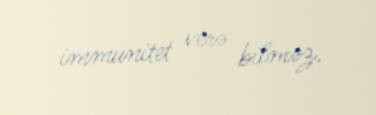
immunitet verə bilməz.